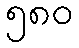
၅၈၀